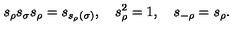
{ s } _ { \rho } { s } _ { \sigma } { s } _ { \rho } = { s } _ { s _ { \rho } ( \sigma ) } , \quad { s } _ { \rho } ^ { 2 } = 1 , \quad { s } _ { - \rho } = { s } _ { \rho } .